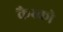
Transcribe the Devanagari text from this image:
कैस्को